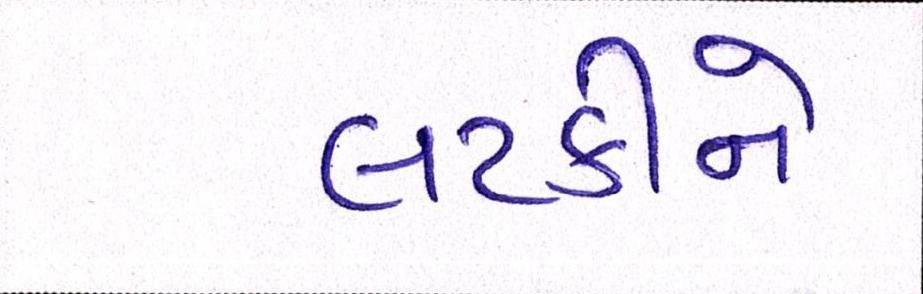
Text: લટકીને